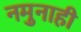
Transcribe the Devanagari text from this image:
नमुनाही